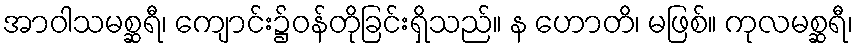
အာဝါသမစ္ဆရီ၊ ကျောင်း၌ဝန်တိုခြင်းရှိသည်။ န ဟောတိ၊ မဖြစ်။ ကုလမစ္ဆရီ၊